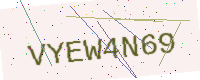
Text: VYEW4N69